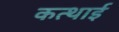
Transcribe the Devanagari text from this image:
कत्थाई